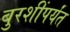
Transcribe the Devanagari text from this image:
बुरशींपर्यंत